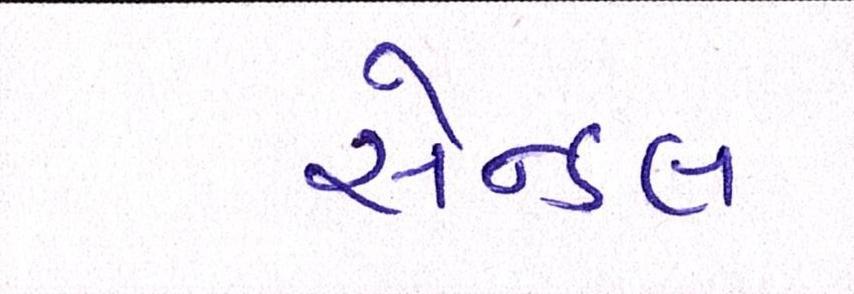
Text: સેન્ડલ